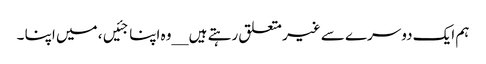
ہم ایک دوسرے سے غیر متعلق رہتے ہیں __وہ اپنا جئیں، میں اپنا ۔